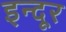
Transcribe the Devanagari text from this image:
इन्दूर